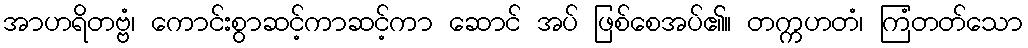
အာဟရိတဗ္ဗံ၊ ကောင်းစွာဆင့်ကာဆင့်ကာ ဆောင် အပ် ဖြစ်စေအပ်၏။ တက္ကဟတံ၊ ကြံတတ်သော